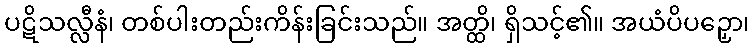
ပဋိသလ္လီနံ၊ တစ်ပါးတည်းကိန်းခြင်းသည်။ အတ္ထိ၊ ရှိသင့်၏။ အယံပိပဉှော၊